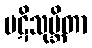
ပဋိသုမ္ဘိတာ